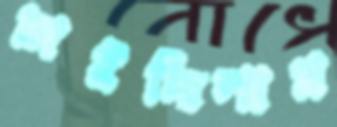
চাইছিলাম